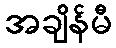
အချိန်မီ